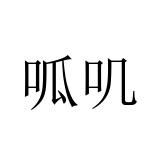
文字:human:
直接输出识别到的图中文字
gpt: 呱叽